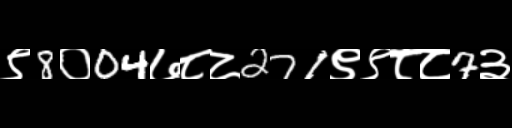
Text: ९8०04७८८271९९८८7३